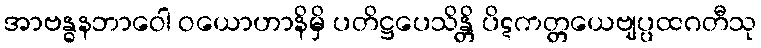
အာဗန္ဓနဘာဝေါ ဝယောဟာနိမှိ ပတိဋ္ဌပေသိန္တိ ပိဋကတ္တယေဗျပ္ပထဂတီသု